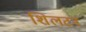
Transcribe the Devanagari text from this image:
शिलटन